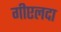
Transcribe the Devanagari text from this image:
गीएलदा